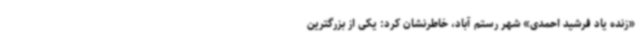
«زنده یاد فرشید احمدی» شهر رستم آباد، خاطرنشان کرد: یکی از بزرگترین